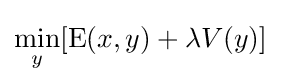
\min _{y}[\operatorname {E} (x,y)+\lambda V(y)]